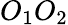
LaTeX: O_{1}O_{2}